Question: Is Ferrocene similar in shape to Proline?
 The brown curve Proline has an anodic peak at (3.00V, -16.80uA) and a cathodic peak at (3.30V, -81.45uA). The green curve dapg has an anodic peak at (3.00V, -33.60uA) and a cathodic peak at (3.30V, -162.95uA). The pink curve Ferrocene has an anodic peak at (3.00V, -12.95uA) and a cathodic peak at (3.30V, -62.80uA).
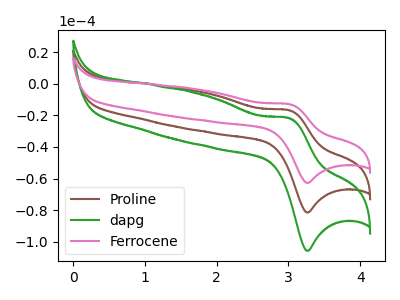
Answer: <think>All the peaks in "Ferrocene" have a peak in "Proline" at the same potential.
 </think>
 <answer>"Ferrocene" and "Proline" are similar in shape.</answer>
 <eval>same_shape</eval>